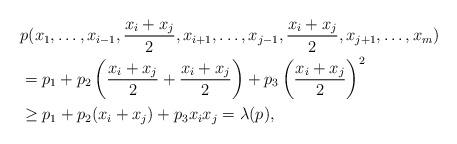
LaTeX: \begin{align*}& p(x_1, \ldots,x_{i-1}, \frac{x_i+x_j}{2}, x_{i+1}, \ldots, x_{j-1}, \frac{x_i+x_j}{2}, x_{j+1}, \ldots, x_m) \\& = p_1 + p_2\left(\frac{x_i+x_j}{2}+ \frac{x_i+x_j}{2}\right) + p_3\left(\frac{x_i+x_j}{2}\right)^2 \\& \ge p_1 + p_2(x_i+x_j) + p_3 x_ix_j= \lambda(p), \end{align*}